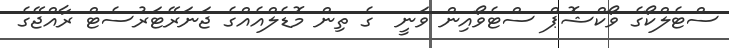
ސްޓެލްކޯގެ ވޯކްޝޮޕް ސްޓެވޯއިން ވަނީ  ގެ ތިން މޮޑެލްއެއްގެ ޖަނަރޭޓަރުސެޓް ރާއްޖޭގެ